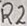
Text: R2